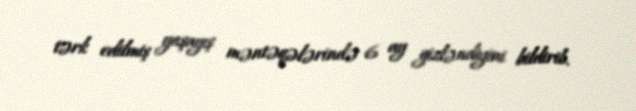
tərk edilmiş yaşayış məntəqələrində 6 ay gizləndiyini bildirib.